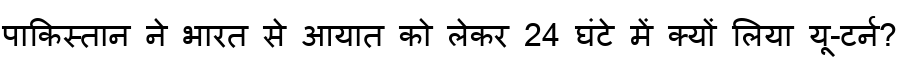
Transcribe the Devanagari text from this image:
पाकिस्तान ने भारत से आयात को लेकर 24 घंटे में क्यों लिया यू-टर्न?